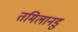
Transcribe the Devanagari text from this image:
तमिलानडु